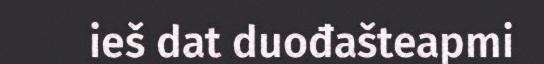
ieš dat duođašteapmi